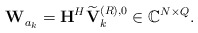
\begin{align*}\mathbf{W}_{a_k}^{} = \mathbf{H}^H\widetilde{\mathbf{V}}_k^{(R),0} \in \mathbb{C}^{N \times Q}.\end{align*}